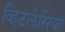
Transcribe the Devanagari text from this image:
व्हिटलेसिया